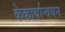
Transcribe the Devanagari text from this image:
केकार्यान्वयन